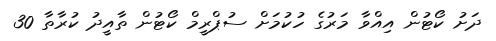
ދަށު ކޯޓުން އިއްވާ މަރުގެ ހުކުމަށް ސުޕްރީމް ކޯޓުން ތާއީދު ކުރާތާ 30